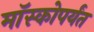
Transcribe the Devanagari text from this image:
मॉस्कोपर्यंत